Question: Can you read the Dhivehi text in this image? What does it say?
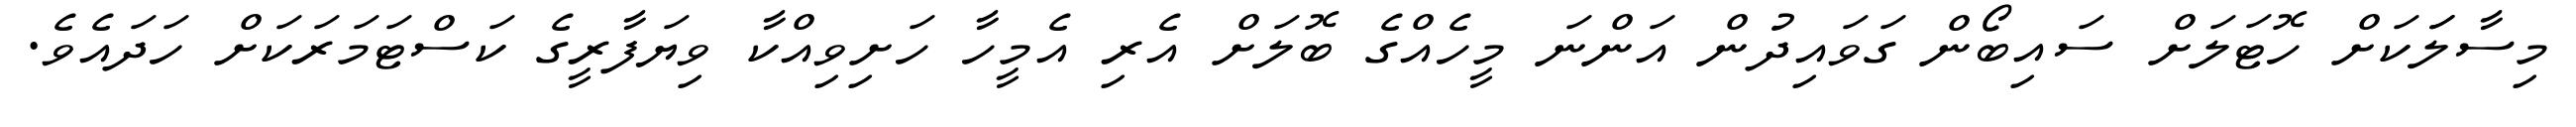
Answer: މިސާލަަކަށް ހޮޓަލަށް ސައިބޯން ގަވައިދުން އަންނަ މީހެއްގެ ބޮލަށް އެރި އެމީހާ ހަށިވިއްކާ ވިޔަފާރީގެ ކަސްޓަމަރަކަށް ހަދައެވެ.